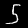
Digit: 5